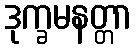
ဒုက္ခမနတ္တာ